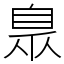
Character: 臮